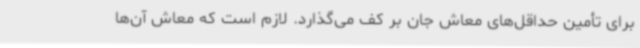
برای تأمین حداقل‌های معاش جان بر کف می‌گذارد. لازم است که معاش آن‌ها